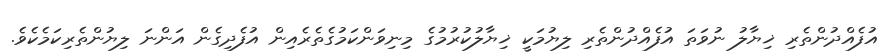
އުފެއްދުންތެރި ޚިޔާލު ނުވަތަ އުފެއްދުންތެރި ލިޔުމަކީ ޚިޔާލުކުރުމުގެ މިނިވަންކަމުގެތެރެއިން އުފެދިގެން އަންނަ ލިޔުންތެރިކަމެކެވެ.